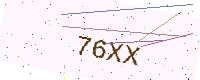
Text: 76XX